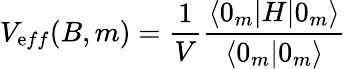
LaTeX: V_{\mathrm eff}(B,m)=\frac{1}{V}\frac{\langle 0_{m}|H|0_{m}\rangle}{\langle 0_{m}|0_{m}\rangle}